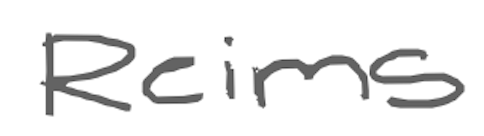
Text: Reims
Cross-out: clean
Writing tool: digital_gray